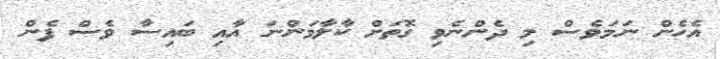
އެހެން ނަމަވެސް މި ދެންނެވި ގޮތަށް ކާލާމަންނަ އާއި ބައިސާ ވެސް ފެން